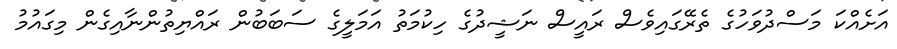
އަށެއްކަ މަސްދުވަހުގެ ތެރޭގައިވެސް ރައީސް ނަޝީދުގެ ހިކުމަތު އަމަލީގެ ސަބަބުން ރައްޔިތުންނާއިގެން މިގައުމު